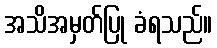
အသိအမှတ်ပြု ခံရသည်။